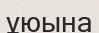
ұюына